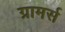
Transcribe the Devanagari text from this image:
ग्रामर्स